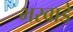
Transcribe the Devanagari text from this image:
भरवाडे